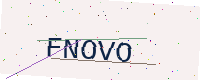
Text: FNOVO